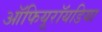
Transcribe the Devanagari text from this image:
ऑफियूरॉयडिया